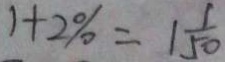
1 + 2 \% = 1 \frac { 1 } { 5 0 }